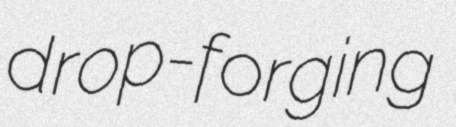
drop-forging